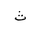
Letter: _tha